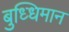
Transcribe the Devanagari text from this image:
बुध्धिमान